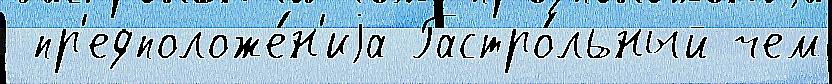
 пр'едположе́н'иjа Гастро́льный чем